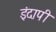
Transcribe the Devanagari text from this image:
इंदापी